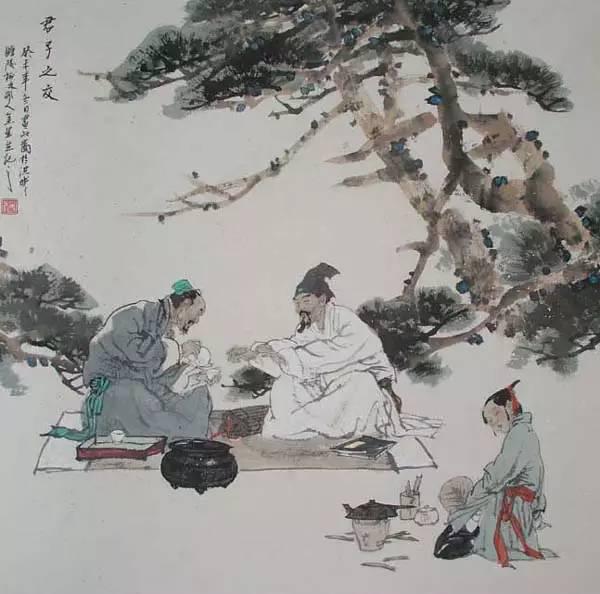
君子不怨天，不尤人。